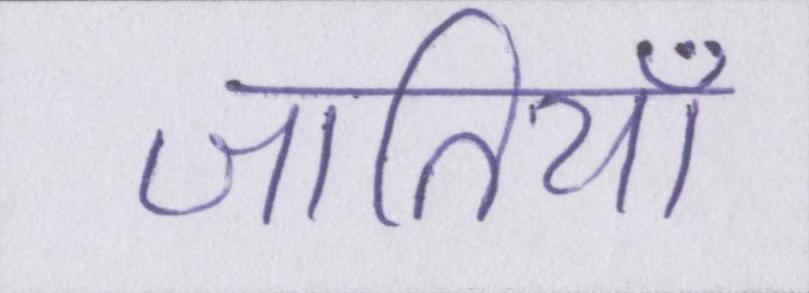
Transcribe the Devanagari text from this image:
जातियाँ